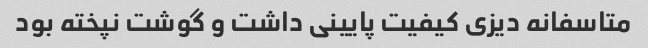
متاسفانه دیزی کیفیت پایینی داشت و گوشت نپخته بود